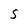
Character: S